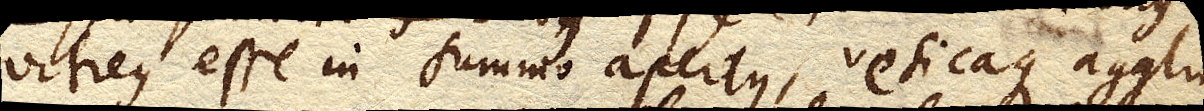
itreus esse in summo apertus, vesicaque aggluti